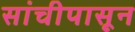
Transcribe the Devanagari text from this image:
सांचीपासून